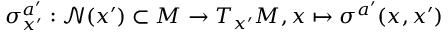
\sigma _ { x ^ { \prime } } ^ { a ^ { \prime } } : \mathcal { N } ( x ^ { \prime } ) \subset M \rightarrow T _ { x ^ { \prime } } M , x \mapsto \sigma ^ { a ^ { \prime } } ( x , x ^ { \prime } )